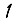
Digit: 1